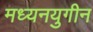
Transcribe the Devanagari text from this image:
मध्यनयुगीन